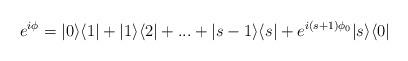
LaTeX: \begin{align*}e^{i\phi}=|0\rangle \langle 1| + |1\rangle \langle 2| + ... + |s-1\rangle \langle s| + e^{i(s+1)\phi_{0}}|s\rangle \langle 0|\end{align*}